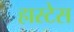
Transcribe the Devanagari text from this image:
हास्टेस